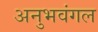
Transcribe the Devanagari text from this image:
अनुभवंगल